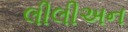
લીલીઅન